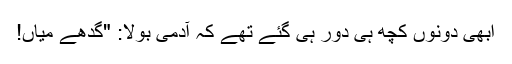
ابھی دونوں کچھ ہی دور ہی گئے تھے کہ آدمی بولا: "گدھے میاں!